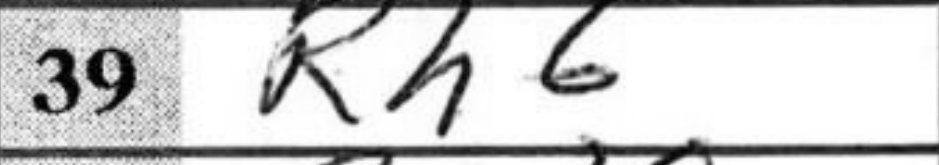
Transcription: Rh6